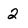
Character: 2